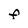
Character: F